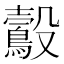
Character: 鷇